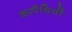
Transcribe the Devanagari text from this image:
करपैथियों